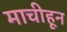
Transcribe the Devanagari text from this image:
माचीहून